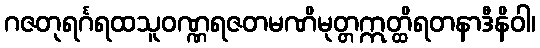
ဂဇတုရင်္ဂရထသူဝဏ္ဏရဇတမဏိမုတ္တဣတ္ထိရတနာဒီနိဝါ၊